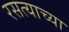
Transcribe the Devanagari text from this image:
रसत्याच्या